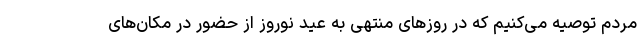
مردم توصیه می‌کنیم که در روزهای منتهی به عید نوروز از حضور در مکان‌های